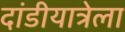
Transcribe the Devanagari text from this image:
दांडीयात्रेला